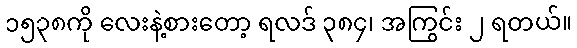
၁၅၃၈ကို လေးနဲ့စားတော့ ရလဒ် ၃၈၄၊ အကြွင်း ၂ ရတယ်။